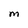
Character: M